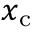
x _ { \mathrm { c } }